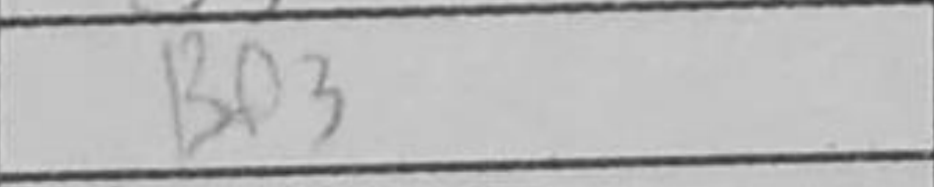
Transcription: Bf3